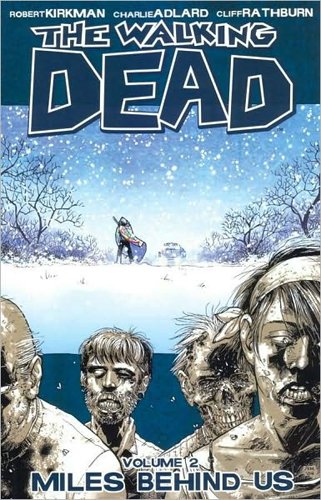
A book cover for The Walking Dead, Vol. 2: Miles Behind Us; Robert Kirkman; Comics & Graphic Novels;